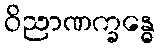
ဝိညာဏက္ခန္ဓေ